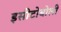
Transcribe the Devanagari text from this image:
इसीटोबोली